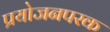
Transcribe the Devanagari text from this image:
प्रयोजनपरक